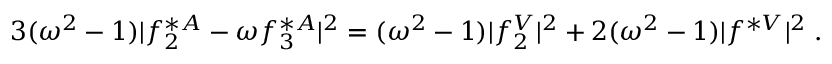
3 ( \omega ^ { 2 } - 1 ) | f _ { 2 } ^ { * A } - \omega f _ { 3 } ^ { * A } | ^ { 2 } = ( \omega ^ { 2 } - 1 ) | f _ { 2 } ^ { V } | ^ { 2 } + 2 ( \omega ^ { 2 } - 1 ) | f ^ { * V } | ^ { 2 } \; .